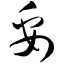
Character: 妥